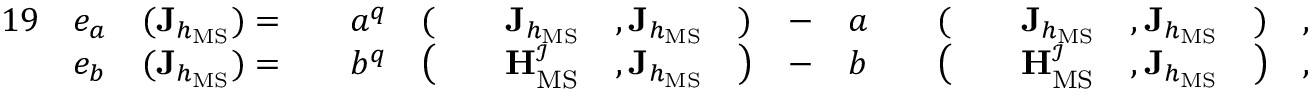
\begin{array} { r l r l r l r l r l r l r l r l r l r } { { 1 9 } } & { e _ { a } } & { ( \mathbf { J } _ { h _ { \mathrm { M S } } } ) = } & { } & { a ^ { q } } & { ( } & & { \mathbf { J } _ { h _ { \mathrm { M S } } } } & { , \mathbf { J } _ { h _ { \mathrm { M S } } } } & { ) } & { - } & { a } & & { ( } & & { \mathbf { J } _ { h _ { \mathrm { M S } } } } & { , \mathbf { J } _ { h _ { \mathrm { M S } } } } & { ) } & { , } \\ & { e _ { b } } & { ( \mathbf { J } _ { h _ { \mathrm { M S } } } ) = } & { } & { b ^ { q } } & { \big ( } & & { \mathbf { H } _ { \mathrm { M S } } ^ { \mathcal { I } } } & { , \mathbf { J } _ { h _ { \mathrm { M S } } } } & { \big ) } & { - } & { b } & & { \big ( } & & { \mathbf { H } _ { \mathrm { M S } } ^ { \mathcal { I } } } & { , \mathbf { J } _ { h _ { \mathrm { M S } } } } & { \big ) } & { , } \end{array}